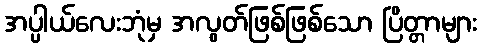
အပ္ပါယ်လေးဘုံမှ အလွတ်ဖြစ်ဖြစ်သော ပြိတ္တာများ